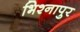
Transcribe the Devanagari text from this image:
भिश्नापुर